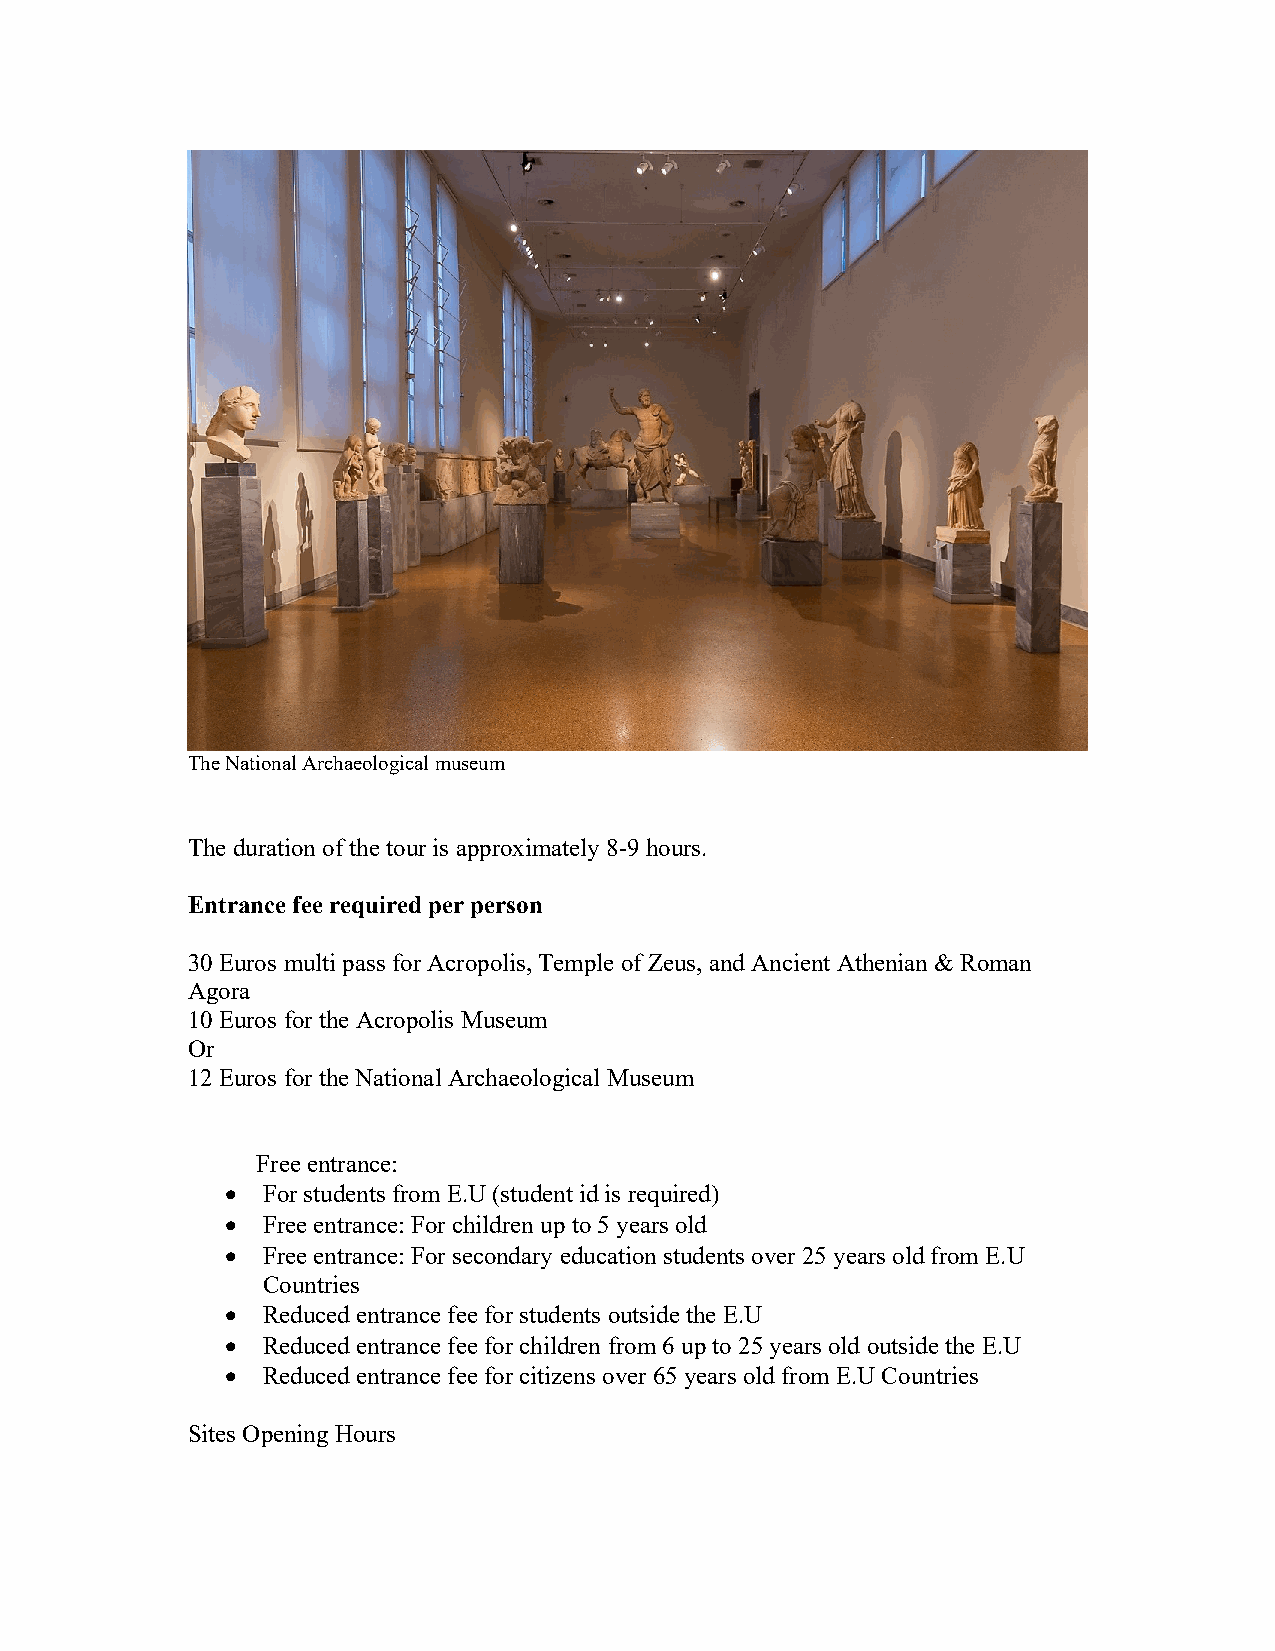
The National Archaeological museum
 The duration of the tour is approximately 8-9 hours.
 Entrance fee required per person
 30 Euros multi pass for Acropolis, Temple of Zeus, and Ancient Athenian & Roman
 Agora
 10 Euros for the Acropolis Museum
 Or
 12 Euros for the National Archaeological Museum
 Free entrance:
  For students from E.U (student id is required)
  Free entrance: For children up to 5 years old
  Free entrance: For secondary education students over 25 years old from E.U
 Countries
  Reduced entrance fee for students outside the E.U
  Reduced entrance fee for children from 6 up to 25 years old outside the E.U
  Reduced entrance fee for citizens over 65 years old from E.U Countries
 Sites Opening Hours